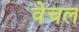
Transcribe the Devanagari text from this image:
वेचल